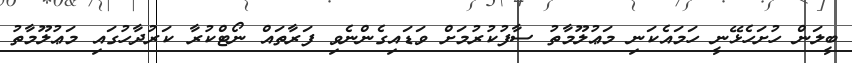
ބީލަން ހުށަހެޅޭނީ ހަމައެކަނި މަޢުލޫމާތު ސާފުކުރުމަށް ވަޑައިގެންނެވި ފަރާތައް ނޯޓްކުރާ ކަރުދާހުގައި މަޢުލޫމާތު